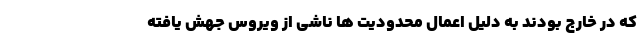
که در خارج بودند به دلیل اعمال محدودیت ها ناشی از ویروس جهش یافته